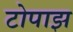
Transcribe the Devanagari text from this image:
टोपाझ